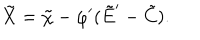
\tilde { X } = \tilde { \chi } - \varphi ^ { \prime } ( \tilde { E } ^ { \prime } - \tilde { C } ) .